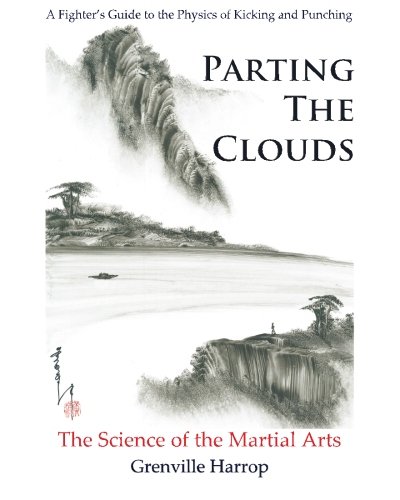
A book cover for Parting the Clouds - The Science of the Martial Arts: A Fighter's Guide to the Physics of Punching and Kicking for Karate, Taekwondo, Kung Fu and the Mixed Martial Arts; Mr. Grenville Harrop; Sports & Outdoors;